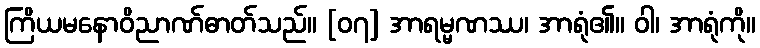
ကြိယမနောဝိညာဏ်ဓာတ်သည်။ [၀၇] အာရမ္မဏဿ၊ အာရုံ၏။ ဝါ၊ အာရုံကို။